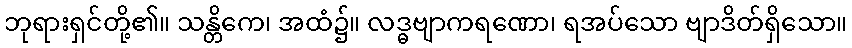
ဘုရားရှင်တို့၏။ သန္တိကေ၊ အထံ၌။ လဒ္ဓဗျာကရဏော၊ ရအပ်သော ဗျာဒိတ်ရှိသော။